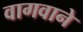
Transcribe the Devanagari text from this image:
वागवाने